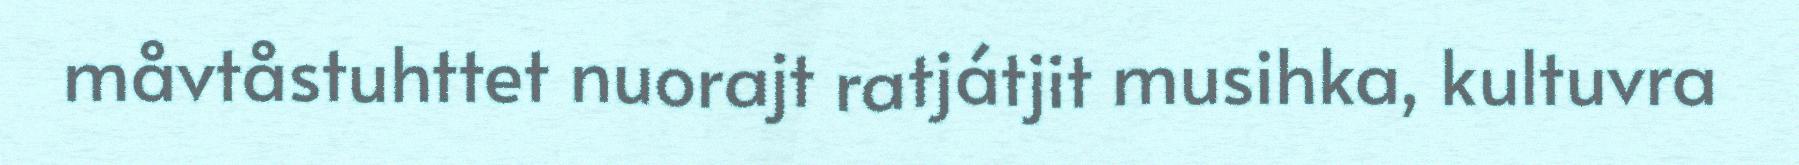
måvtåstuhttet nuorajt ratjátjit musihka, kultuvra